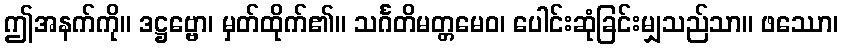
ဤအနက်ကို။ ဒဋ္ဌဗ္ဗော၊ မှတ်ထိုက်၏။ သင်္ဂတိမတ္တမေဝ၊ ပေါင်းဆုံခြင်းမျှသည်သာ။ ဖဿော၊